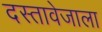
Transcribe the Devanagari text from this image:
दस्तावेजाला